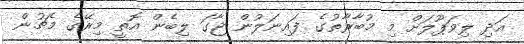
އަދި ލިވަޕޫލަށް މި މުބާރާތުގެ ފައިނަލުން ޖާގަ ލިބެން އޮތީ މިރޭގެ މެޗުން